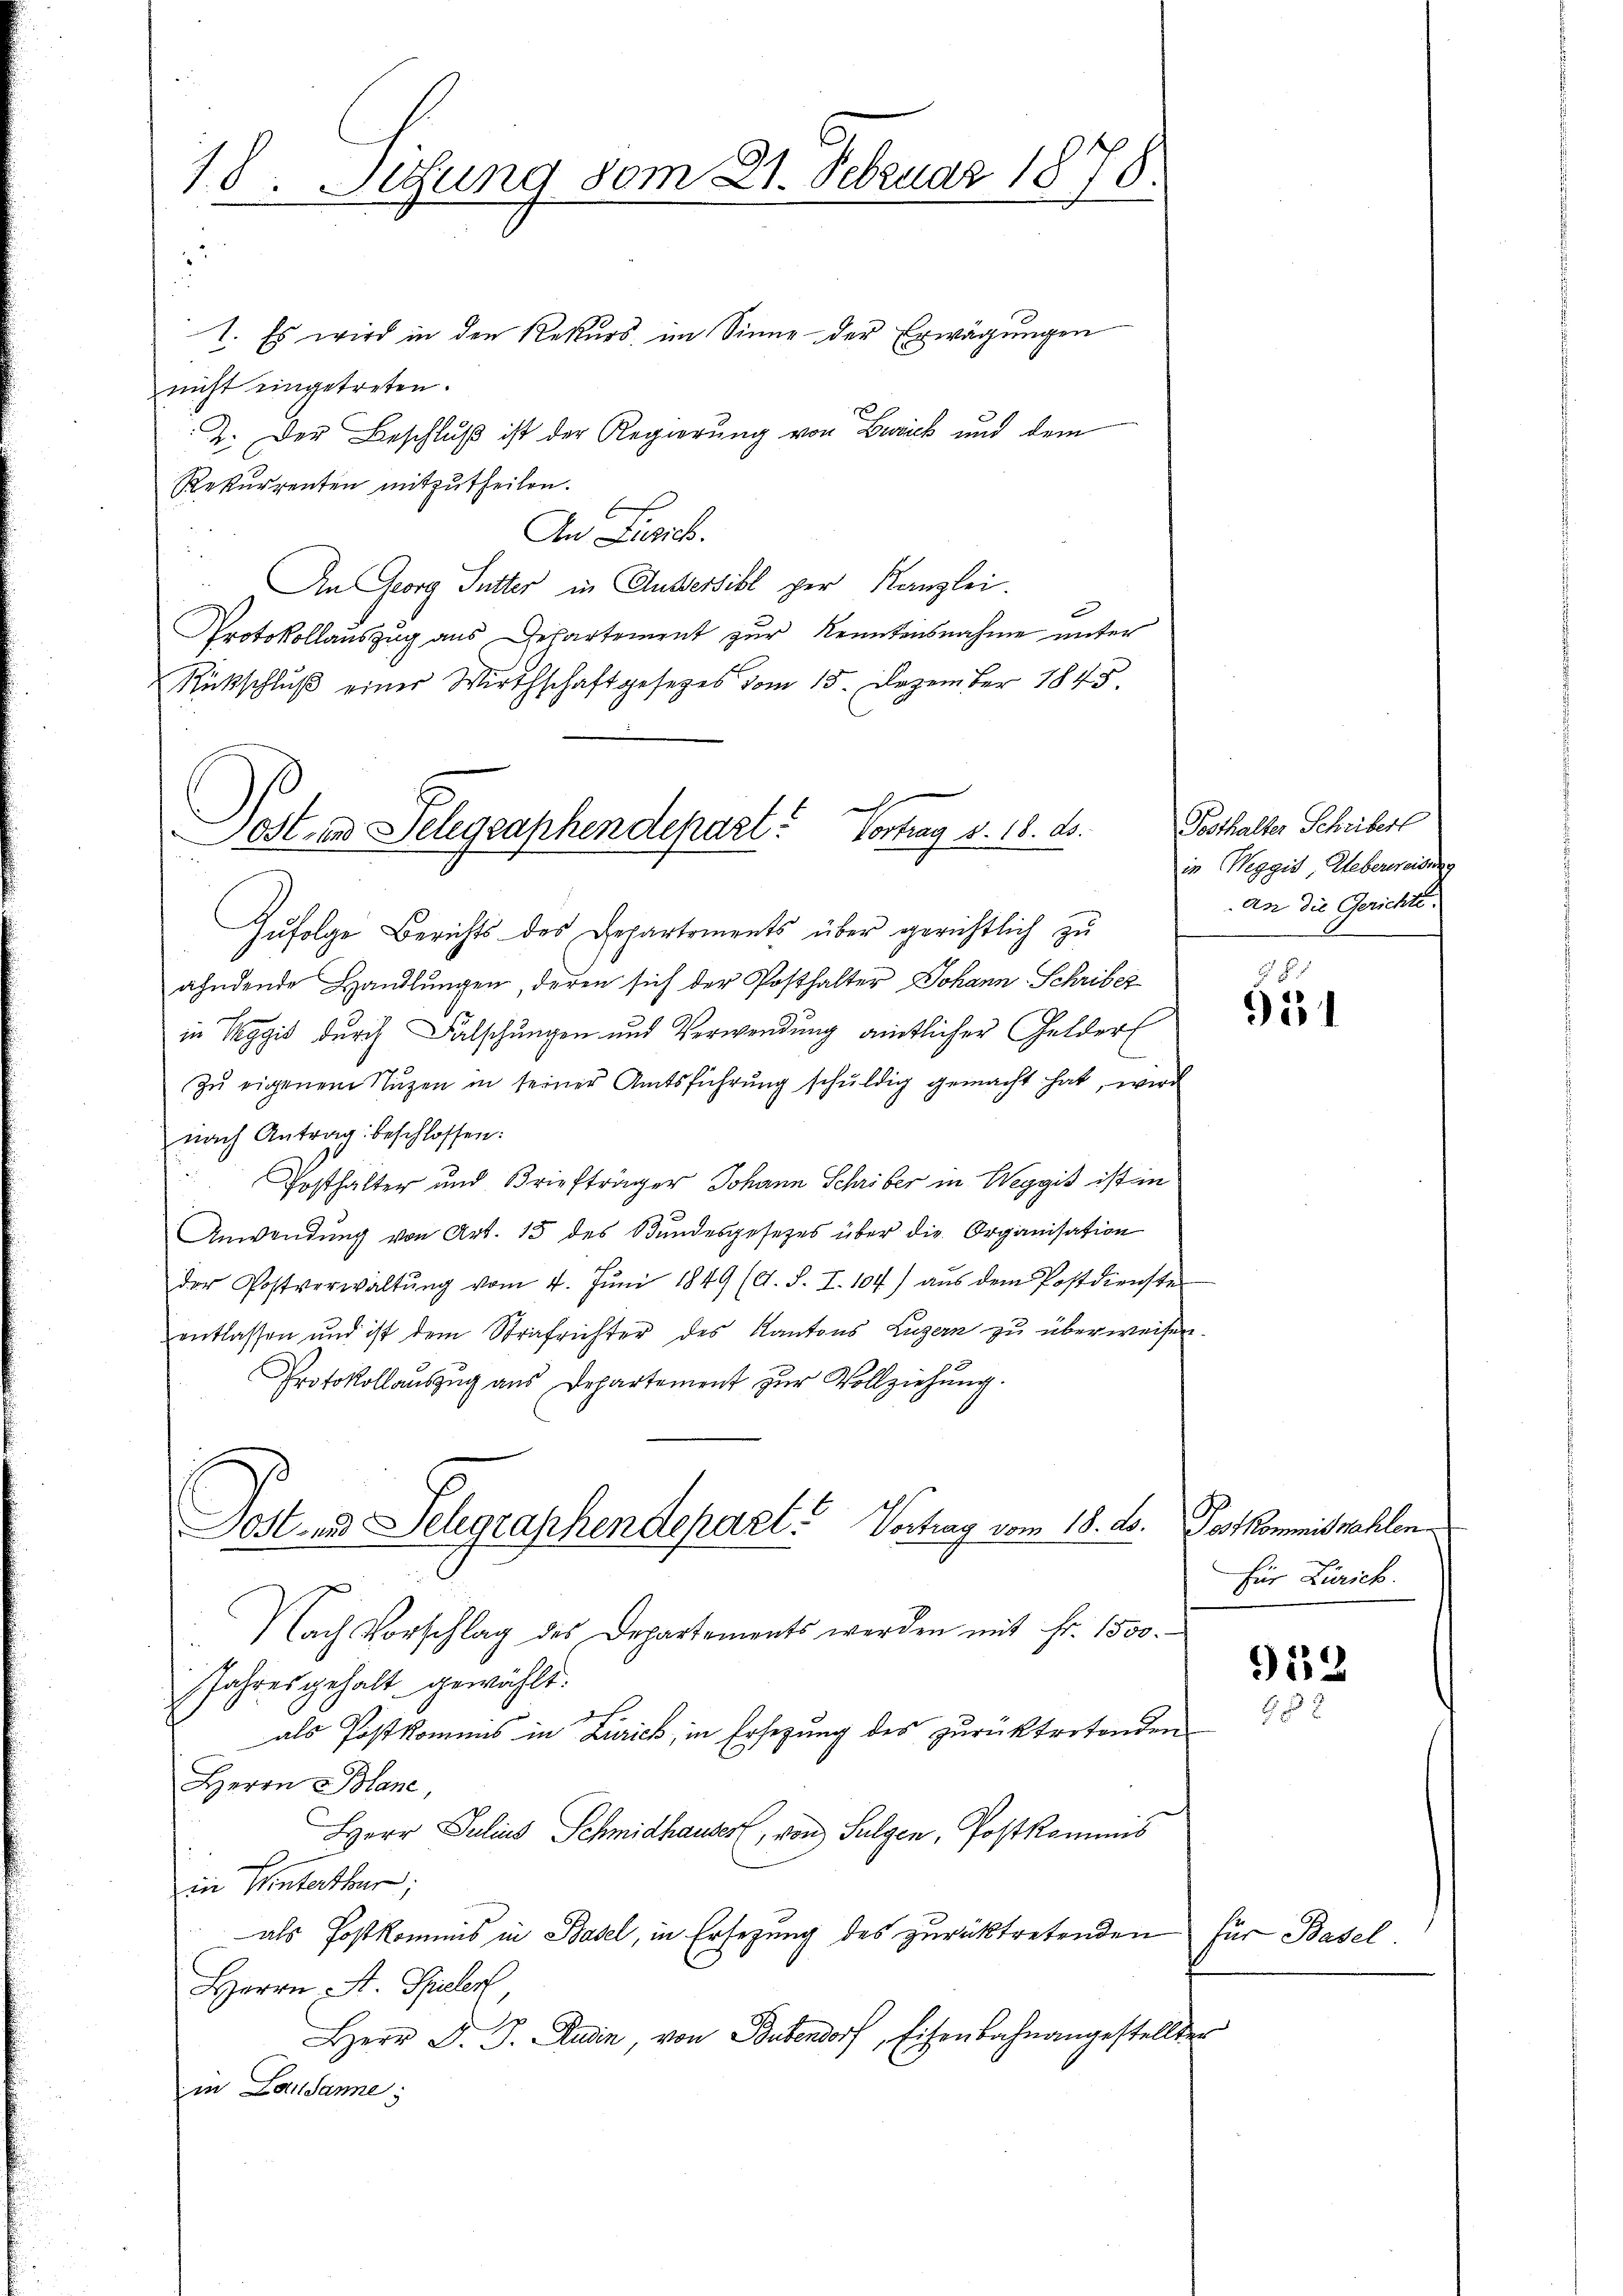
18. Sitzung vom 21. Februar 1870

1. Es wird in den Rekurs, im Sinne der Erwägungen
nicht eingetreten.
2. Der Beschluß ist der Regierung von Berick und dem
Rekurrenten mitzutheilen.
An Linie.
An Georg Sutter in Aussersibl per Kanzlei.
Protokollauszug aus Departement zur Kenntensnahme unter
Rückschlŭβ einer Wirthschaft gesetzes vom 15. Dezember 1845.
h

Lost- und Telegraphendepart. Vortrag v. 18. ds.

Zufolge Berichts des Departements über gerichtlich zu
ahndende Handlŭngen, deren sich der Posthalter Johann Schribez
in Weggis durch Falschungen und Verwendung amtlicher Gelder
Zu eigenem Nuzen in seiner Amtsführung schuldig gemacht hat, wird
nach Antrag beschlossen:
Posthalter und Briefträger Johann Schriber in Weggis ist in
Anwendung von Art. 15 des Bundesgesetzes über die Organisation
der Postverwaltŭng vom 4. Jŭni 1849 (lt. S. I. 104) aŭs dem Postdienste
entlassen und ist dem Strafrichter des Kantons Luzern zu überweisen.
Protokollauszug aus Departement zur Vollziehung.
ost- und Telegraphendepart. Vortrag vom 18. ds. Postkommiswahlen
Nach Vorschlag des Departements werden mit Fr. 1500.
Jahres gehalt gewählt.
als Postkommis in Zürich, in Ersezung des zurücktretenden
Herrn Blanc,
Herr Julius Schmidhauser, von Sulgen, Postkommis
x
in Winterthur;
als Postkommis in Basel, in Ersezung des zurücktretenden
Herrn A. Spieler,
Herr J. J. Rudin, von Bubendorf, Eisenbahnangestellter
in Lausanne;

Posthalter Schriberl
in Weggis Ueberweisung
An die Gerichte.

58.
95

für Zürich.

952
3

für Basel